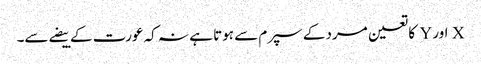
X اور Y کا تعین مرد کے سپرم سے ہوتا ہے نہ کہ عورت کے بیضے سے۔